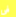
فى